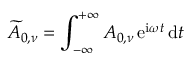
\widetilde { A } _ { 0 , \nu } = \int _ { - \infty } ^ { + \infty } A _ { 0 , \nu } \, \mathrm { e } ^ { \mathrm { i } \omega t } \, \mathrm { d } t